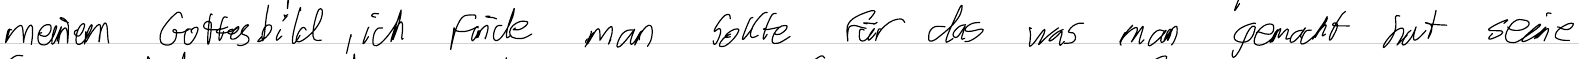
meinem Gottesbild, ich finde man sollte für das was man gemacht hat seine